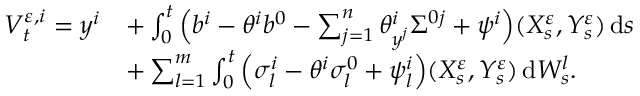
\begin{array} { r l } { V _ { t } ^ { \varepsilon , i } = y ^ { i } } & { + \int _ { 0 } ^ { t } \Big ( b ^ { i } - \theta ^ { i } b ^ { 0 } - \sum _ { j = 1 } ^ { n } \theta _ { y ^ { j } } ^ { i } \Sigma ^ { 0 j } + \psi ^ { i } \Big ) ( X _ { s } ^ { \varepsilon } , Y _ { s } ^ { \varepsilon } ) \, \mathrm { d } s } \\ & { + \sum _ { l = 1 } ^ { m } \int _ { 0 } ^ { t } \Big ( \sigma _ { l } ^ { i } - \theta ^ { i } \sigma _ { l } ^ { 0 } + \psi _ { l } ^ { i } \Big ) ( X _ { s } ^ { \varepsilon } , Y _ { s } ^ { \varepsilon } ) \, \mathrm { d } W _ { s } ^ { l } . } \end{array}